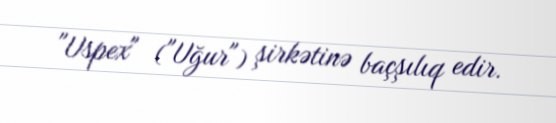
"Uspex" ("Uğur") şirkətinə baçşılıq edir.